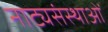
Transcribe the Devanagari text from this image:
नाट्यसंस्थाओं